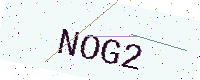
Text: NOG2